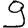
Digit: 9